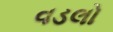
વડલો